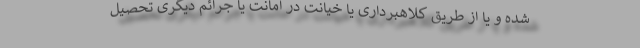
شده و یا از طریق کلاهبرداری یا خیانت در امانت یا جرائم دیگری تحصیل